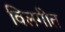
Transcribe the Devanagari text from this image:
विलगीत